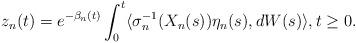
LaTeX: \begin{align*}z_{n}(t)=e^{- {\beta_{n}}(t)}\int_0^t \langle \sigma^{-1}_{n}(X_{n}(s)) \eta_{n}(s),dW(s)\rangle,t\ge 0.\end{align*}